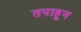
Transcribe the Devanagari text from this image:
तपाहून